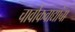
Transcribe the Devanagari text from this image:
चार्वाकवाद्यांचा